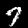
Digit: 7